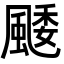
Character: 䬐